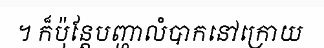
។ ក៏ប៉ុន្តែបញ្ហាលំបាកនៅក្រោយ